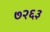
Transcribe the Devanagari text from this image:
७२६३